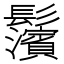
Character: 𩰄